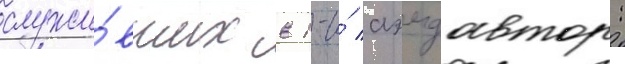
служи́вших в 1-и́ аэмдавтор: